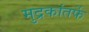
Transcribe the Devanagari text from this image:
मुद्रकांतर्फे